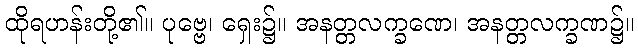
ထိုရဟန်းတို့၏။ ပုဗ္ဗေ၊ ရှေး၌။ အနတ္တလက္ခဏေ၊ အနတ္တလက္ခဏ၌။